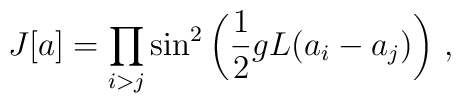
J[a]=\prod_{i>j}\sin^{2}\left(\frac{1}{2}gL(a_{i}-a_{j})\right)\, ,